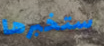
ستخبرها